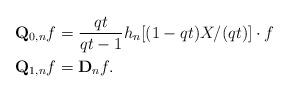
LaTeX: \begin{align*}\mathbf{Q}_{0, n} f &= \frac{qt}{qt-1} h_n[(1-qt)X/(qt)] \cdot f \\\mathbf{Q}_{1, n} f &= \mathbf{D}_n f .\end{align*}